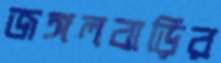
জঙ্গলবাড়ির